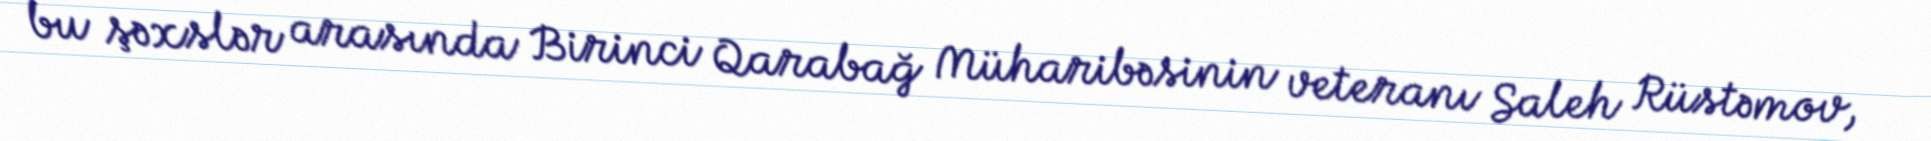
bu şəxslər arasında Birinci Qarabağ Müharibəsinin veteranı Saleh Rüstəmov,